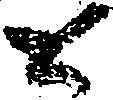
と